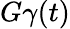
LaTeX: G\gamma(t)